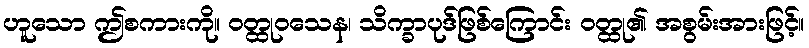
ဟူသော ဤစကားကို။ ဝတ္ထုဝသေန၊ သိက္ခာပုဒ်ဖြစ်ကြောင်း ဝတ္ထု၏ အစွမ်းအားဖြင့်။